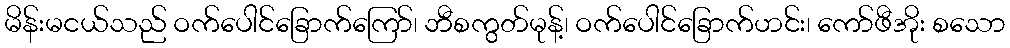
မိန်းမငယ်သည် ဝက်ပေါင်ခြောက်ကြော်၊ ဘီစကွတ်မုန့်၊ ဝက်ပေါင်ခြောက်ဟင်း၊ ကော်ဖီအိုး စသော